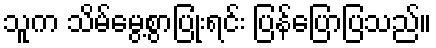
သူက သိမ်မွေ့စွာပြုံးရင်း ပြန်ပြောပြသည်။